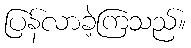
ပြန်လာခဲ့ကြသည်။